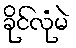
ခိုင်လုံမဲ